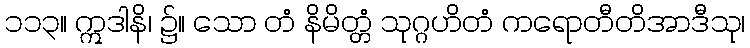
၁၁၃။ ဣဒါနိ၊ ၌။ သော တံ နိမိတ္တံ သုဂ္ဂဟိတံ ကရောတီတိအာဒီသု၊